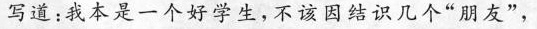
写道：我本是一个好学生，不该因结识几个”朋友”，